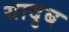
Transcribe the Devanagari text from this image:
यादुब